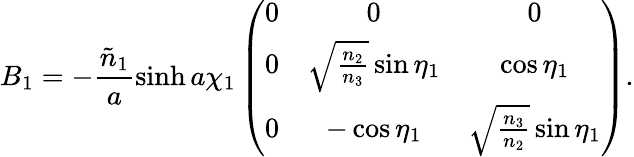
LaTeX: B_{1}=-\frac{\tilde{n}_{1}}{a}\sinh{a\chi_{1}}\left(\begin{array}{ccc}{{0}}&{{0}}&{{0}}\\ {{0}}&{{\sqrt{\frac{n_{2}}{n_{3}}}\sin{\eta_{1}}}}&{{\cos{\eta_{1}}}}\\ {{0}}&{{-\cos{\eta_{1}}}}&{{\sqrt{\frac{n_{3}}{n_{2}}}\sin{\eta_{1}}}}\end{array}\right).